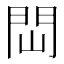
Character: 閊